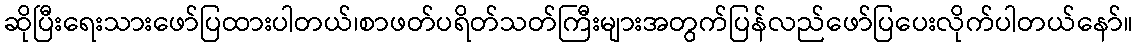
ဆိုပြီးရေးသားဖော်ပြထားပါတယ်၊စာဖတ်ပရိတ်သတ်ကြီးများအတွက်ပြန်လည်ဖော်ပြပေးလိုက်ပါတယ်နော်။